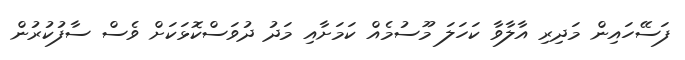
ފަސޭހައިން މަދިރި އާލާވާ ކަހަލަ މޫސުމެއް ކަަމަށާއި މަދު ދުވަސްކޮޅަކަށް ވެސް ސާފުކުރުން